Annual administration report of the Civil Veterinary Department of India - 1905-1906
Year: 1905
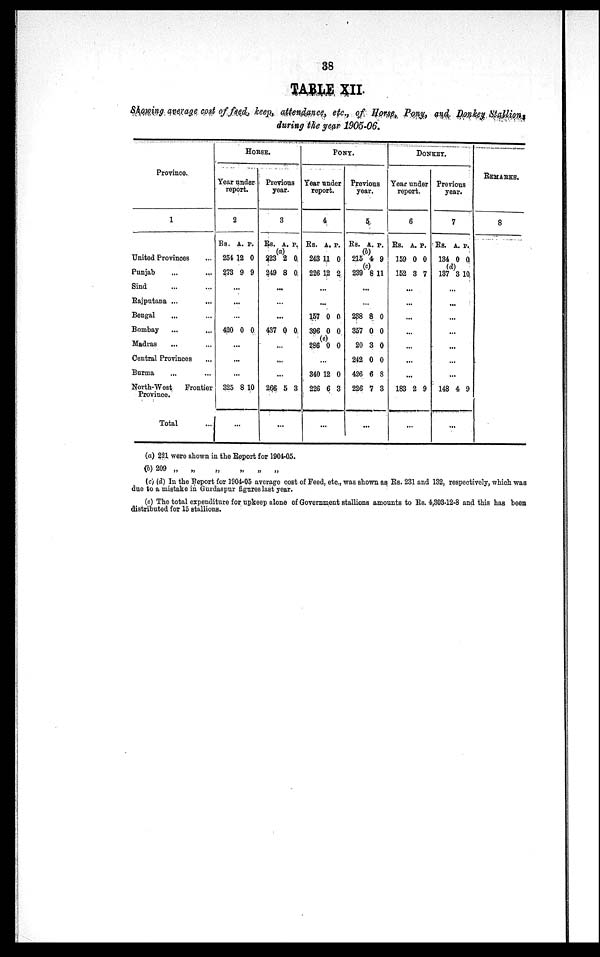
38
TABLE XII.
Showing average cost of feed, keep, attendance, etc., of Horse, Pony, and Donkey Stallions
during the year 1905-06.
Province.
1
United Provinces ...
Punjab ... ...
Sind ... ...
Rajputana ... ...
Bengal ... ...
Bombay ... ...
Madras ... ...
Central Provinces ...
Burma ... ...
North-West
Frontier
Province.
Total ...
HORSE.
Year under
report.
2
Rs.
254
273
420
325
A.
12
9
...
...
(c)
0
...
...
...
8
...
P.
0
9
0
10
Previous
year.
3
Rs.
(a)
223
249
437
266
A.
2
8
...
...
...
0
...
...
...
5
...
P.
0
0
0
3
PONY.
Year under
report.
4
Rs.
243
226
157
396
286
340
226
A.
11
12
...
...
0
0
0
...
12
6
...
P.
0
2
0
0
0
0
3
Previous
year.
5
Rs.
(b)
215 (c)
239
238
357
20
242
426
226
A.
4
8
...
...
8
0
3
0
6
7
...
P.
9
11
0
0
0
0
8
3
DONKEY.
Year under
report.
6
Rs.
159
152
183
A.
0
3
...
...
...
...
...
...
...
2
...
P.
0
7
9
Previous
year.
7
Rs.
134
(d)
137
148
A.
0
3
...
...
...
...
...
...
...
4
...
P.
0
10
9
REMARKS.
8
(a) 221 were shown in the Report for 1904-05.
(b) 209 „
„
„
„
„
„
(c) (d) In the Report for 1904-05 average cost of Feed, etc., was shown as Rs. 231 and 132, respectively, which was
due to a mistake in Gurdaspur figures last year.
(e) The total expenditure for upkeep alone of Government stallions amounts to Rs. 4,303-12-8 and this has been
distributed for 15 stallions.